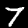
Label: 7